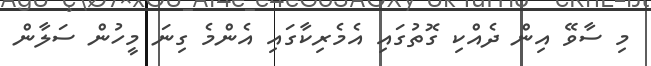
މި ސާވޭ އިން ދެއްކި ގޮތުގައި އެމެރިކާގައި އެންމެ ގިނަ މީހުން ސަލާން